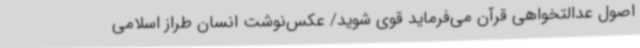
اصول عدالتخواهی قرآن می‌فرماید قوی شوید/ عکس‌نوشت انسان طراز اسلامی